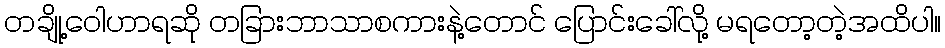
တချို့ဝေါဟာရဆို တခြားဘာသာစကားနဲ့တောင် ပြောင်းခေါ်လို့ မရတော့တဲ့အထိပါ။